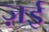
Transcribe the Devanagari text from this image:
ज़ई